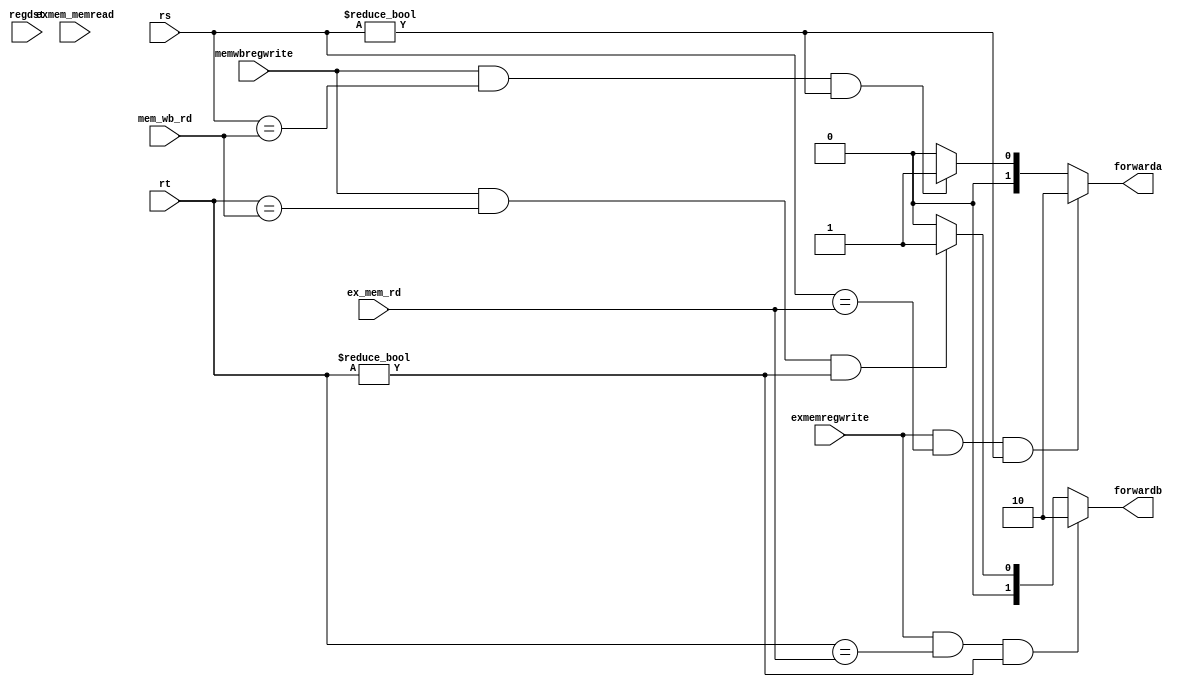
`timescale 1ns / 1ps
//////////////////////////////////////////////////////////////////////////////////
// Company: 
// Engineer: 
// 
// Design Name: 
// Module Name: forwardunit
// Project Name: 
// Target Devices: 
// Tool Versions: 
// Description: 
// 
// Dependencies: 
// 
// Revision:
// Revision 0.01 - File Created
// Additional Comments:
// 
//////////////////////////////////////////////////////////////////////////////////


module forwardunit(
    input [4:0] rs,
    input [4:0] rt,
    input [4:0] ex_mem_rd,
    input [4:0] mem_wb_rd,
    input regdst,
    input exmemregwrite,
    input memwbregwrite,
    input exmem_memread,
    output reg[1:0] forwarda,
    output reg[1:0] forwardb
    );
    always@(*)begin
        if(exmemregwrite && rs==ex_mem_rd && rs != 0)
            forwarda = 2'b10;
        else if(memwbregwrite && rs==mem_wb_rd && rs != 0)
            forwarda = 2'b01;
        else forwarda = 2'b00;

        if(exmemregwrite && rt==ex_mem_rd && rt != 0)
            forwardb = 2'b10;
        else if(memwbregwrite && rt==mem_wb_rd && rt != 0)
            forwardb = 2'b01;
        else forwardb = 2'b00;
    end
endmodule